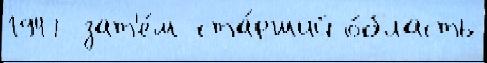
1947 зат'е́м ста́рший о́бласть